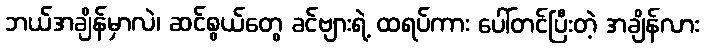
ဘယ်အချိန်မှာလဲ၊ ဆင်စွယ်တွေ ခင်ဗျားရဲ့ ထရပ်ကား ပေါ်တင်ပြီးတဲ့ အချိန်လား